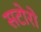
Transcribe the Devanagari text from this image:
सटोरो